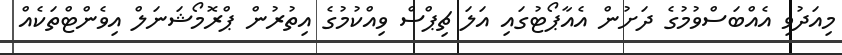
މިއަދުވި އެއްބަސްވުމުގެ ދަށުން އެއާޕޯޓުގައި އަލަ ޗިޕްސް ވިއްކުމުގެ އިތުރުން ޕްރޮމޯޝަނަލް އިވެންޓްތަކެއް